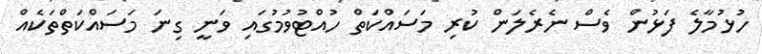
ހުޅުމާލެ ފަޅުން ވެސް ނެރެލަން ކުރި މަސައްކަތް ހުއްޓުވުމުގައި ވަނީ ގިނަ މަސައްކަތްތަކެއް